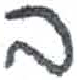
אות: ב